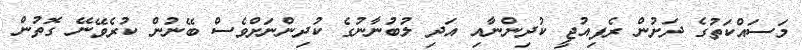
މަސައްކަތުގެ ދަށުން ރެފިއުޖީ ކުދިންނާއި އަދި ލުބުނާނުގެ ކުދިންނަށްވެސް ބޭނުން ކުރެވޭނޭ ގޮތުން